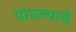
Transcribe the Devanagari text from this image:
पोचल्याचे